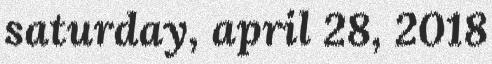
saturday, april 28, 2018